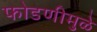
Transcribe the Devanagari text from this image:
फोडणीमुळे